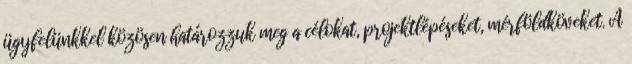
ügyfelünkkel közösen határozzuk meg a célokat, projektlépéseket, mérföldköveket. A